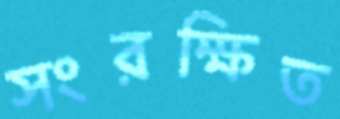
সংরক্ষিত